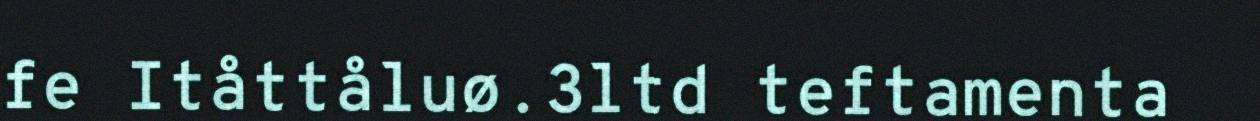
fe Itåttåluø.3ltd teftamenta